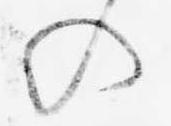
の